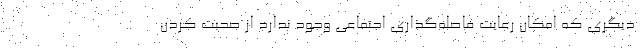
دیگری که امکان رعایت فاصله‌گذاری اجتماعی وجود ندارد از صحبت کردن